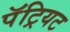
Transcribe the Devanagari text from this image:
पॅट्रियट